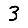
Digit: 3